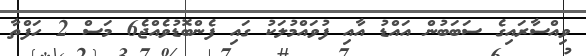
ވިއްސާރައިގެ ސަބަބުން އައްޑު އާއި ފުވައްމުލަކު ގައި ފެންބޮޑުވެއްޖެ6 މަސް 2 ހަފްތާ